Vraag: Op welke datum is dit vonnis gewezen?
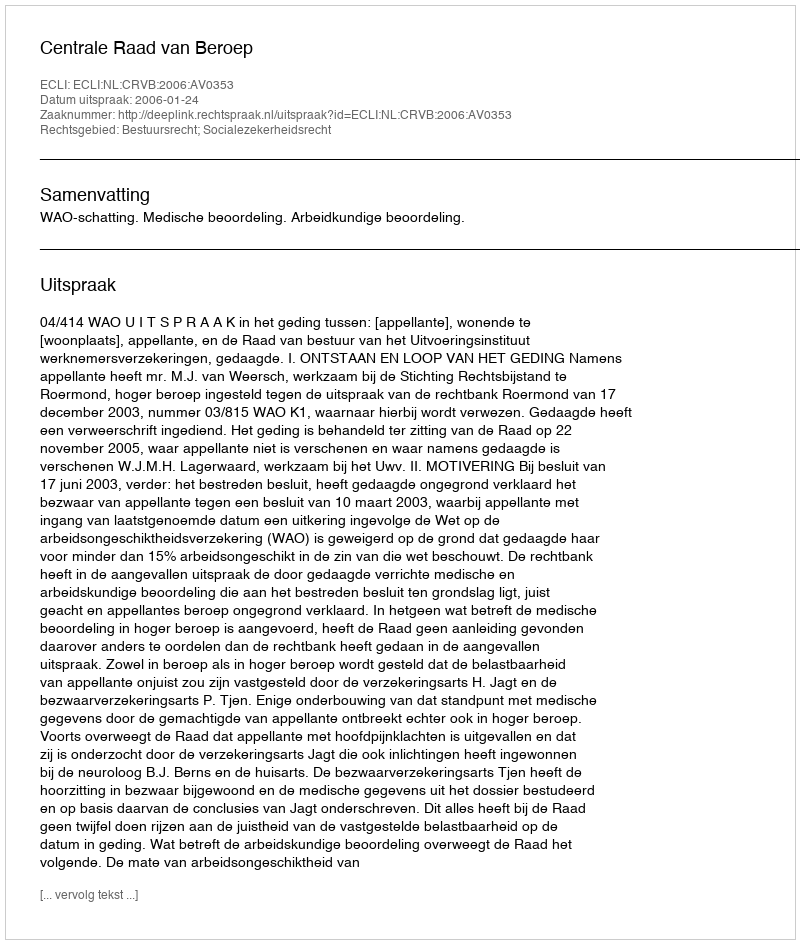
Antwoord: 2006-01-24